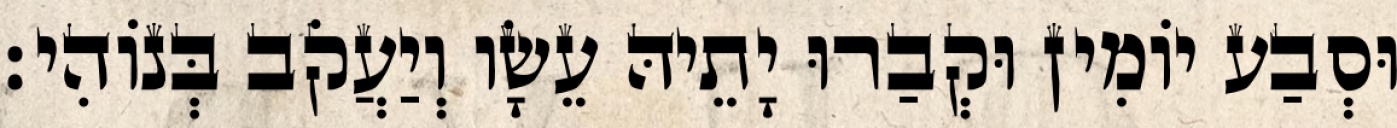
וּסְבַע יוֹמִין וּקְבַרוּ יָתֵיהּ עֵשָׂו וְיַעֲקֹב בְּנוֹהִי׃